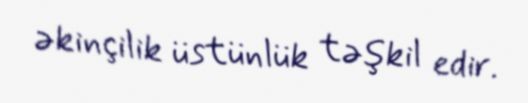
əkinçilik üstünlük təşkil edir.